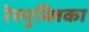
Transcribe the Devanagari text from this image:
रेस्पुब्लिका